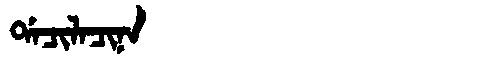
Manchu: ᡩᠠᠴᡳᠯᠠᠴᡳᠨᠠ
Romanization: DACILACINA